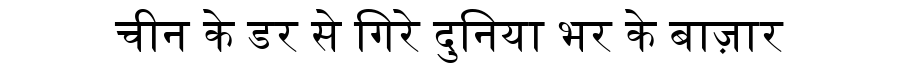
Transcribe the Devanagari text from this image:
चीन के डर से गिरे दुनिया भर के बाज़ार